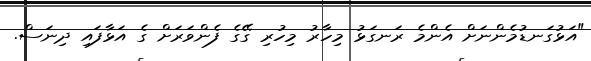
"އަޅުގަނޑުމެންނަށް އެންމެ ރަނގަޅު މިހާރު މިހުރި ގޭގެ ފެންވަރަށް ގެ އަޅާފައި ދިނަސް.